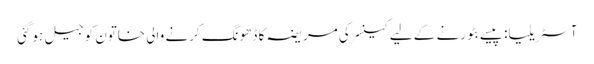
آسٹریلیا: پیسے بٹورنے کے لیے کینسر کی مریضہ کا ڈھونگ کرنے والی خاتون کو جیل ہوگئی